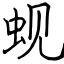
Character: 蚬